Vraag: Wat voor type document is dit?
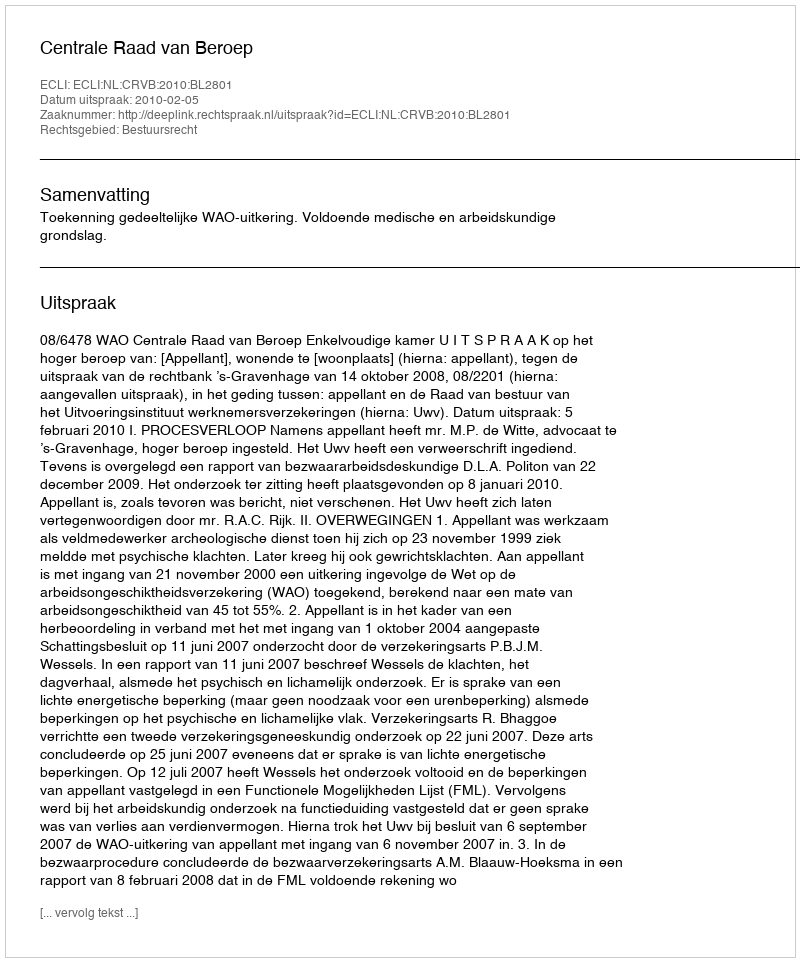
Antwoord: Uitspraak